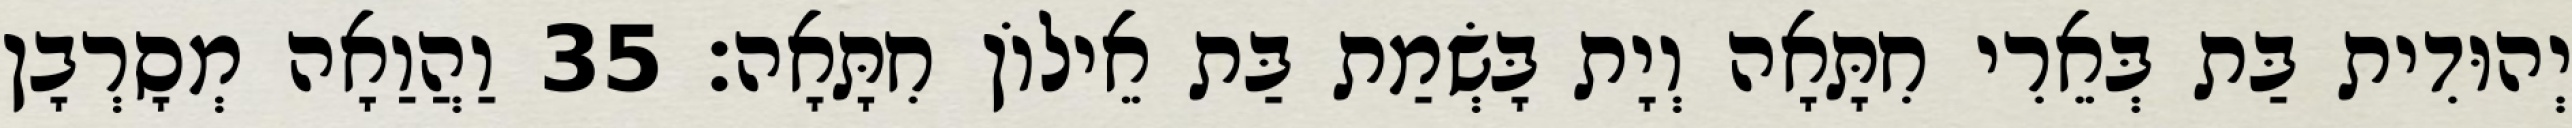
יְהוּדִית בַּת בְּאֵרִי חִתָּאָה וְיָת בָּשְׂמַת בַּת אֵילוֹן חִתָּאָה׃ 35 וַהֲוַאָה מְסָרְבָן